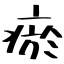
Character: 瘀